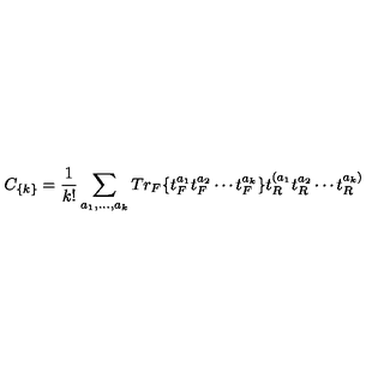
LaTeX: C _ { \{ k \} } = { \frac { 1 } { k ! } } \sum _ { a _ { 1 } , \dots , a _ { k } } T r _ { F } \{ t _ { F } ^ { a _ { 1 } } t _ { F } ^ { a _ { 2 } } \cdots t _ { F } ^ { a _ { k } } \} t _ { R } ^ { ( a _ { 1 } } t _ { R } ^ { a _ { 2 } } \cdots t _ { R } ^ { a _ { k } ) }